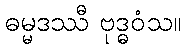
ဓမ္မဒဿီ ဗုဒ္ဓဝံသ။